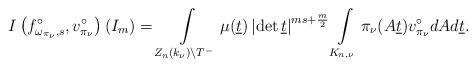
LaTeX: \begin{align*}I\left(f_{\omega_{\pi_\nu},s}^\circ,v^\circ_{\pi_{\nu}}\right)(I_m)=\int \limits _{Z_n(k_\nu)\backslash T^-}\mu(\underline{t})\left|\det \underline{t} \right|^{ms+\frac{m}{2}}\int\limits_{K_{n,\nu}}\pi_{\nu}(A\underline{t})v^\circ_{\pi_{\nu}}dA d\underline{t}.\end{align*}